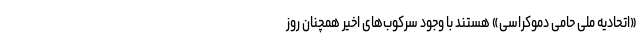
«اتحادیهٔ ملی حامی دموکراسی» هستند با وجود سرکوب‌های اخیر همچنان روز